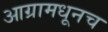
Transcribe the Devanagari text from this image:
आग्रामधूनच